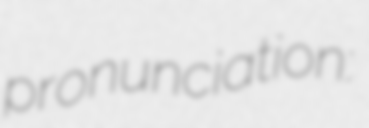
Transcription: pronunciation: